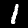
Digit: 1